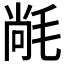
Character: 𭯝